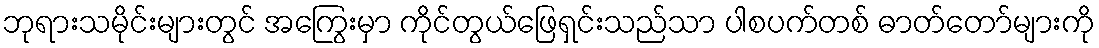
ဘုရားသမိုင်းများတွင် အကြွေးမှာ ကိုင်တွယ်ဖြေရှင်းသည်သာ ပါစပက်တစ် ဓာတ်တော်များကို